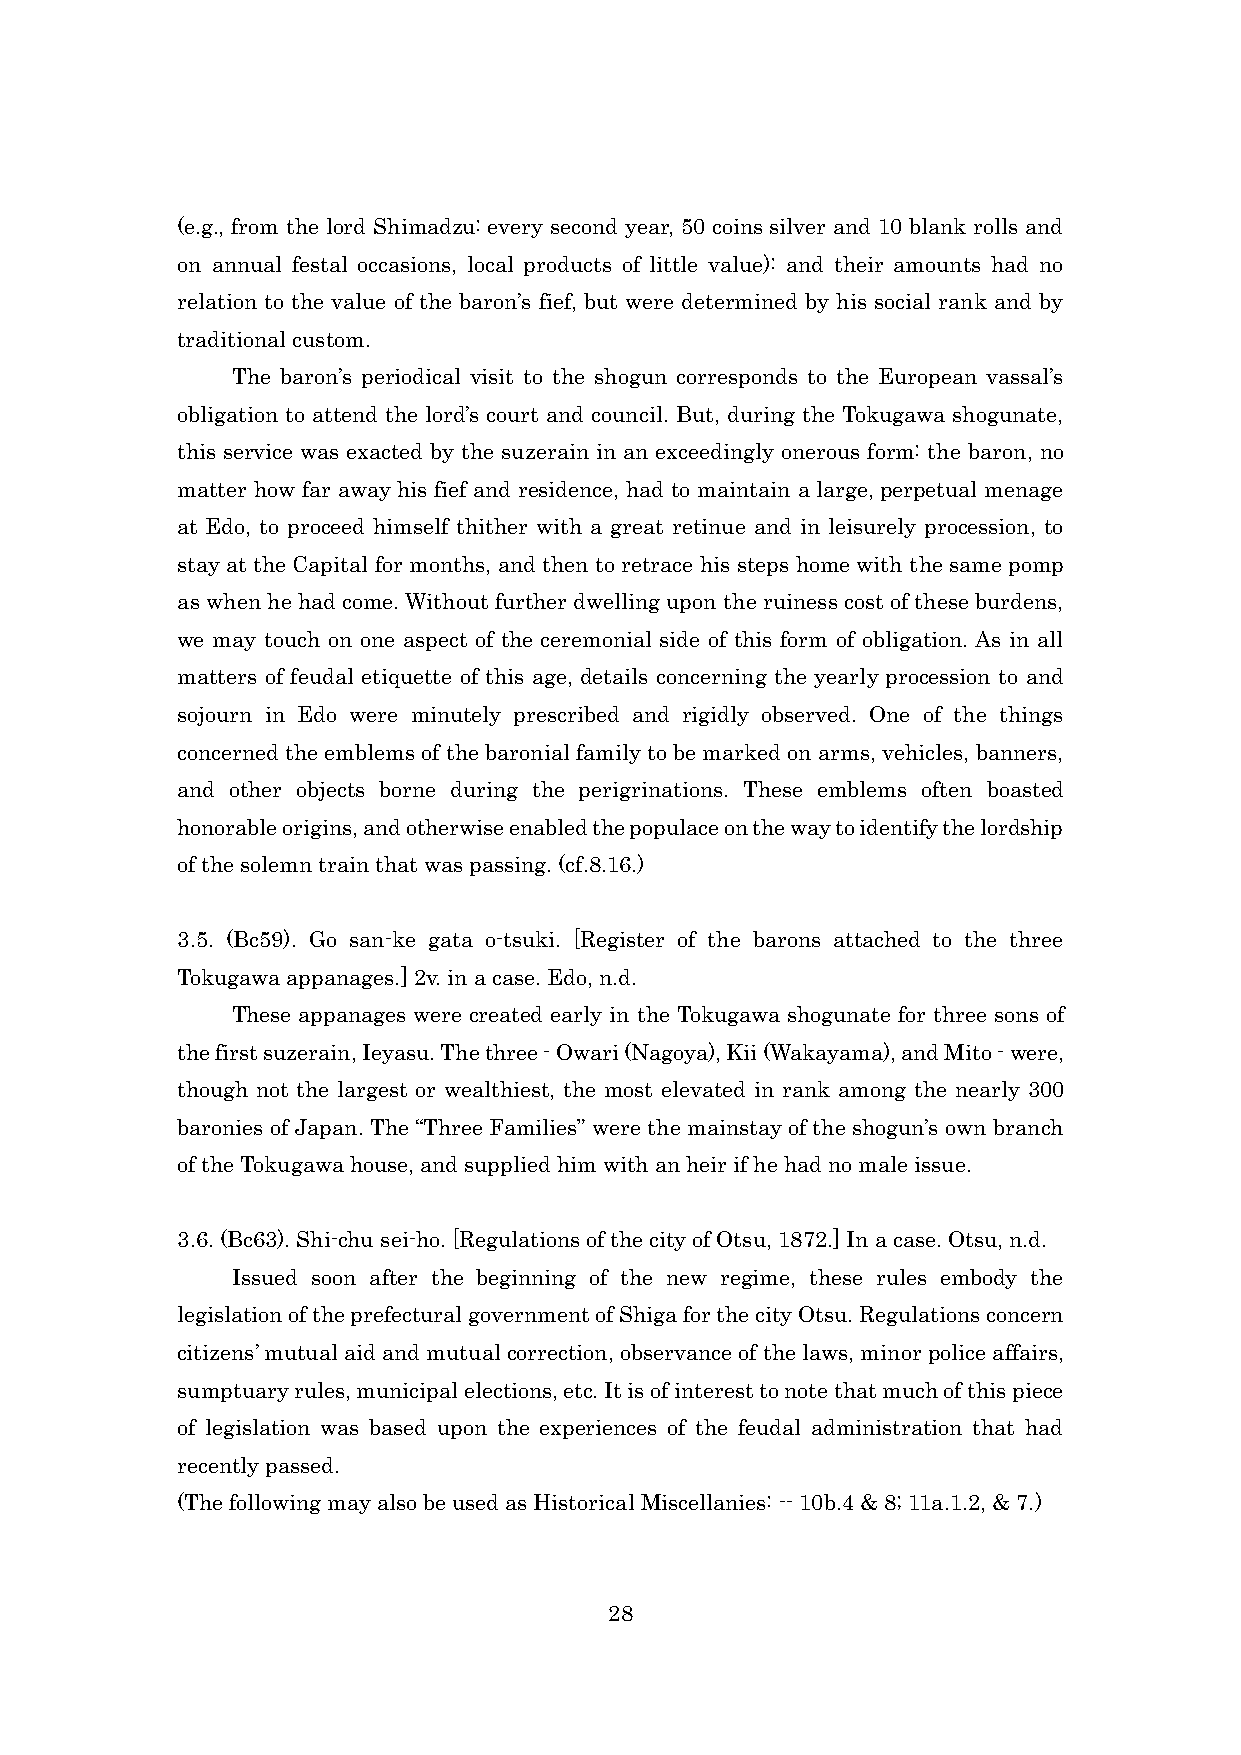
(e.g., from the lord Shimadzu: every second year, 50 coins silver and 10 blank rolls and
 on annual festal occasions, local products of little value): and their amounts had no
 relation to the value of the baron’s fief, but were determined by his social rank and by
 traditional custom.
 The baron’s periodical visit to the shogun corresponds to the European vassal’s
 obligation to attend the lord’s court and council. But, during the Tokugawa shogunate,
 this service was exacted by the suzerain in an exceedingly onerous form: the baron, no
 matter how far away his fief and residence, had to maintain a large, perpetual menage
 at Edo, to proceed himself thither with a great retinue and in leisurely procession, to
 stay at the Capital for months, and then to retrace his steps home with the same pomp
 as when he had come. Without further dwelling upon the ruiness cost of these burdens,
 we may touch on one aspect of the ceremonial side of this form of obligation. As in all
 matters of feudal etiquette of this age, details concerning the yearly procession to and
 sojourn in Edo were minutely prescribed and rigidly observed. One of the things
 concerned the emblems of the baronial family to be marked on arms, vehicles, banners,
 and other objects borne during the perigrinations. These emblems often boasted
 honorable origins, and otherwise enabled the populace on the way to identify the lordship
 of the solemn train that was passing. (cf.8.16.)
 3.5. (Bc59). Go san-ke gata o-tsuki. [Register of the barons attached to the three
 Tokugawa appanages.] 2v. in a case. Edo, n.d.
 These appanages were created early in the Tokugawa shogunate for three sons of
 the first suzerain, Ieyasu. The three - Owari (Nagoya), Kii (Wakayama), and Mito - were,
 though not the largest or wealthiest, the most elevated in rank among the nearly 300
 baronies of Japan. The “Three Families” were the mainstay of the shogun’s own branch
 of the Tokugawa house, and supplied him with an heir if he had no male issue.
 3.6. (Bc63). Shi-chu sei-ho. [Regulations of the city of Otsu, 1872.] In a case. Otsu, n.d.
 Issued soon after the beginning of the new regime, these rules embody the
 legislation of the prefectural government of Shiga for the city Otsu. Regulations concern
 citizens’ mutual aid and mutual correction, observance of the laws, minor police affairs,
 sumptuary rules, municipal elections, etc. It is of interest to note that much of this piece
 of legislation was based upon the experiences of the feudal administration that had
 recently passed.
 (The following may also be used as Historical Miscellanies: -- 10b.4 & 8; 11a.1.2, & 7.)
 28